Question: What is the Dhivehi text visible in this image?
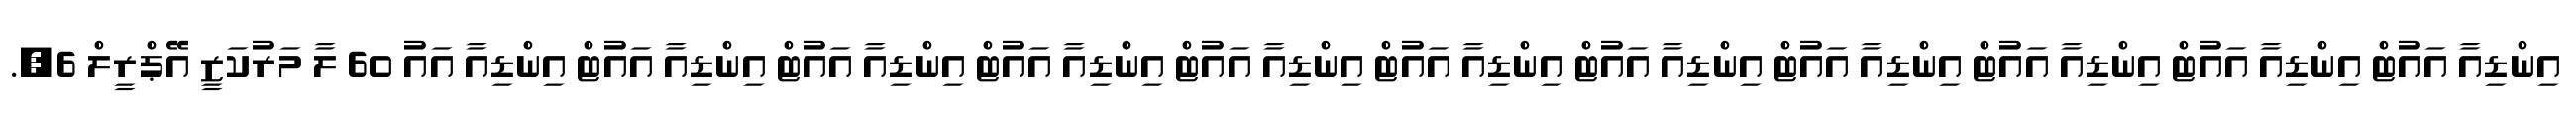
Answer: އިންޑިއާ އައުޓް އިންޑިއާ އައުޓް އިންޑިއާ އައުޓް އިންޑިއާ އައުޓް އިންޑިއާ އައުޓް އިންޑިއާ އައުޓް އިންޑިއާ އައުޓް އިންޑިއާ އައުޓް އިންޑިއާ އައުޓް އިންޑިއާ އައުޓް އިންޑިއާ އައު 60 ލާ މަރުކަޒީ އޭޕްރީލް 6,.